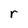
Character: r